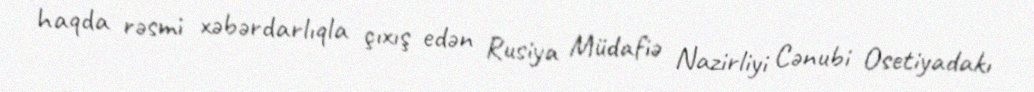
haqda rəsmi xəbərdarlıqla çıxış edən Rusiya Müdafiə Nazirliyi Cənubi Osetiyadakı